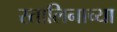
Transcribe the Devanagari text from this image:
स्तालिनाच्या